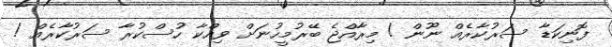
ފޮނިކަޑާ ސަރުކާރެއް ނޫން ! މިރާއްޖެ ބޭރުމީހުނަށް ވިއްކާ ހުސްކުރާ ސަރުކާރެއް !